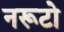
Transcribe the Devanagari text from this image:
नरूटो